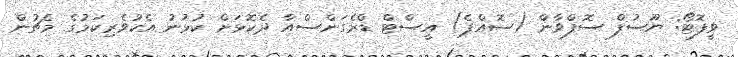
ވީފޮޓޯ: ޔޫސުފް ސޮފްވާން (ސޮއްޕެ) އީސްޓް ޑްރެގަންސްއާ ދެކޮޅަށް ކުޅުނު އެކުވެރިކަމުގެ މެޗުން